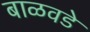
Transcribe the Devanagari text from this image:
बाळवडे